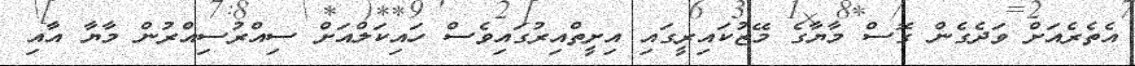
އެތެރެއަށް ވަދެގެން ގޮސް މާޔާގެ މޭޒުކައިރީގައި އިށީތްއިރުގައިވެސް ހައިކަލްއަށް ސިއްރުސިއްރުން މާޔާ އާއި